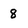
Character: 8